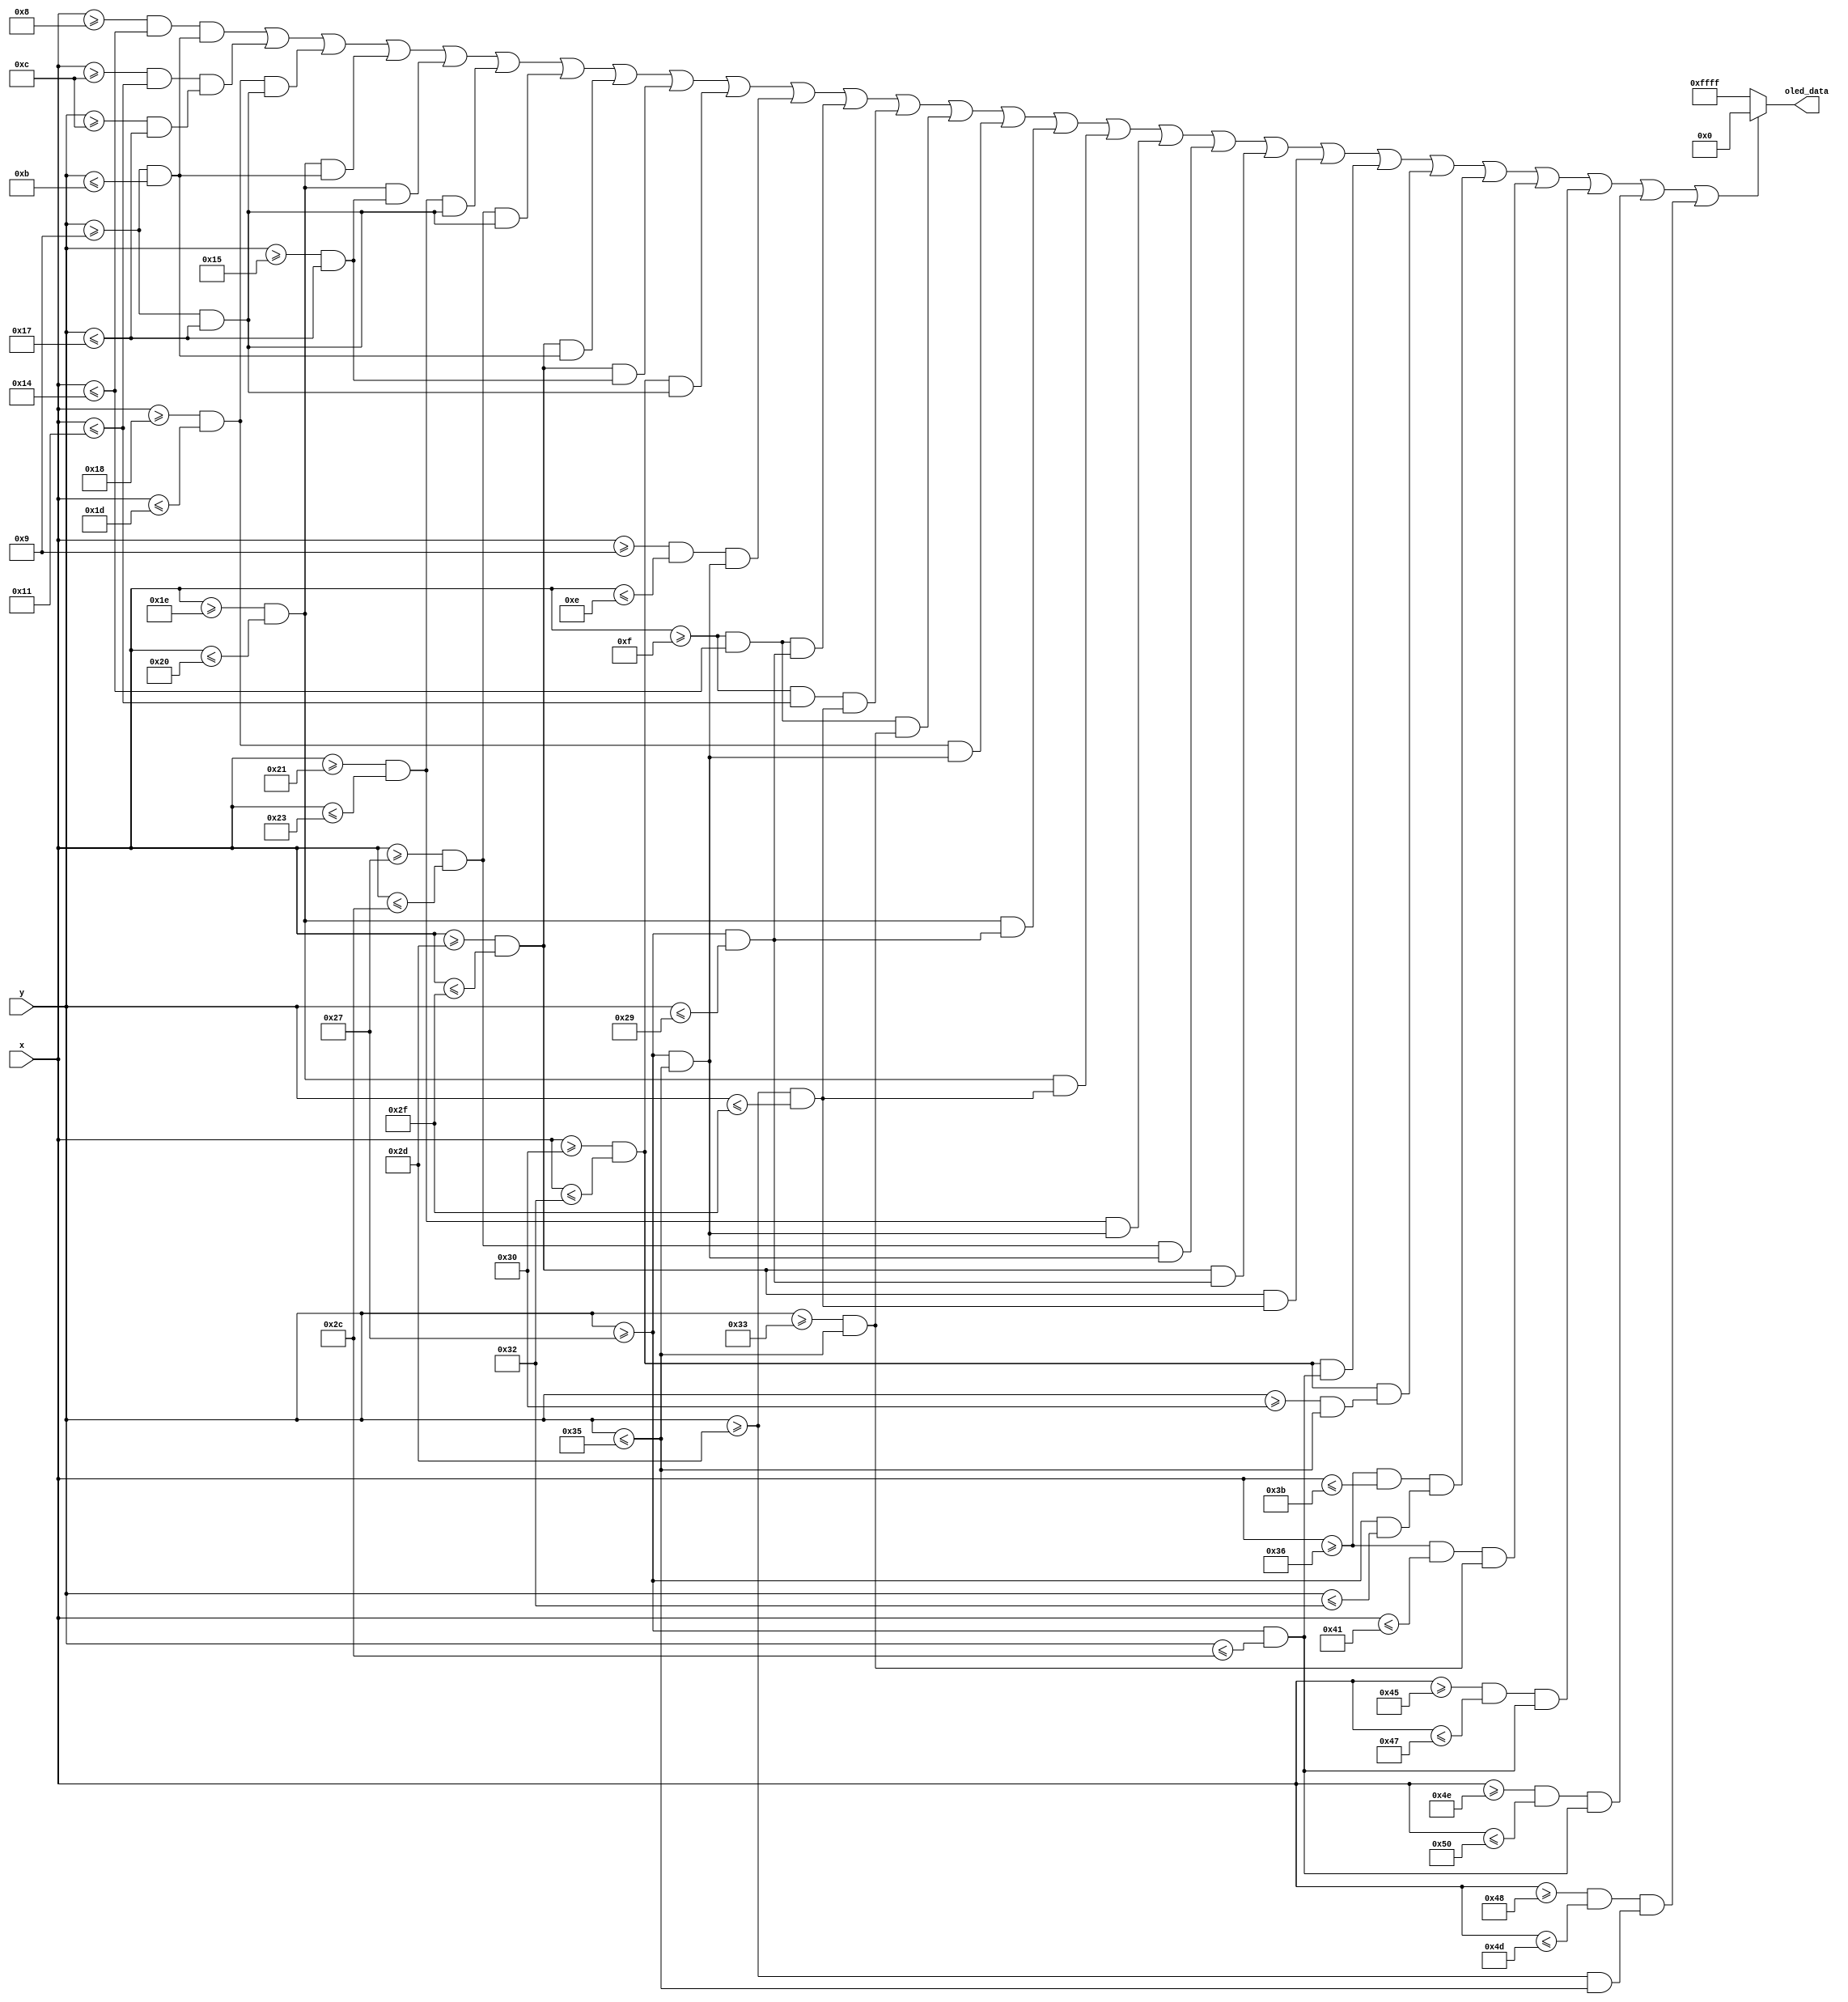
module Game_End_2(
  input [6:0] x,
  input [5:0] y,
  output reg [15:0] oled_data
);

//Define constant as local parameter
//Colour display
localparam GREEN = 16'h07E0;
localparam ORANGE = 16'hFFE0; //Yellow
localparam RED = 16'hF800;
localparam BLACK = 16'h0000;
localparam PURPLE = 16'hF81F;
localparam YELLOW = 16'hFC00;    
localparam BLUE = 16'h001F;
localparam WHITE = 16'hFFFF;
localparam CYAN = 16'hF81F;
localparam MAGENTA = 16'hF81F;
localparam BROWN = 16'h8204;
localparam SKYBLUE = 16'h5FFF;
localparam LIGHTGREEN = 16'hAFE5;
    

    wire too_early = ((x >= 8 && x <= 20) && (y >= 9 && y <= 11)) || ((x >= 12 && x <= 17) && (y >= 12 && y <= 23)) ||
                     ((x >= 24 && x <= 29) && (y >= 9 && y <= 23)) || ((x >= 30 && x <= 32) && (y >= 9 && y <= 11)) || ((x >= 30 && x <= 32) && (y >= 21 && y <= 23)) || ((x >= 33 && x <= 35) && (y >= 9 && y <= 23)) ||
                     ((x >= 39 && x <= 44) && (y >= 9 && y <= 23)) || ((x >= 45 && x <= 47) && (y >= 9 && y <= 11)) || ((x >= 45 && x <= 47) && (y >= 21 && y <= 23)) || ((x >= 48 && x <= 50) && (y >= 9 && y <= 23)) ||
                     
                     ((x >= 9 && x <= 14) && (y >= 39 && y <= 53)) || ((x >= 15 && x <= 20) && (y >= 39 && y <= 41)) || ((x >= 15 && x <= 17) && (y >= 45 && y <= 47)) || ((x >= 15 && x <= 20) && (y >= 51 && y <= 53)) ||
                     ((x >= 24 && x <= 29) && (y >= 39 && y <= 53)) || ((x>= 30 && x <= 32) && (y >= 39 && y <= 41)) || ((x >= 30 && x <= 32) && (y >= 45 && y <= 47)) || ((x >= 33 &&x <= 35) && (y >= 39 && y <= 53)) ||
                     ((x >= 39 && x <= 44) && (y >= 39 && y <= 53)) || ((x >= 45 && x <= 47) && (y >= 39 && y <= 41)) || ((x >= 45 && x <= 47) && (y >= 45 && y <= 47)) || ((x >= 48 && x <= 50) && (y >= 39 && y <= 44)) || ((x >= 48 && x <= 50) && (y >= 48 && y <= 53)) ||
                     ((x >= 54 && x <= 59) && (y >= 39 && y <= 50)) || ((x >= 54 && x <= 65) && (y >= 51 && y <= 53)) ||
                     ((x >= 69 && x <= 71) && (y >= 39 && y <= 44)) || ((x >= 78 && x <= 80) && (y >= 39 && y <= 44)) || ((x >= 72 && x <= 77) && (y >= 45 && y <= 53));  
    
    always @ (*) begin
    oled_data = WHITE;
        if (too_early) begin
            oled_data = BLACK;
        end

    end 
    
endmodule